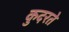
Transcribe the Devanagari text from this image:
कुदरते